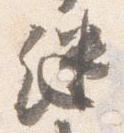
継